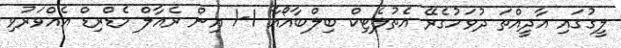
ލީގުގައި އާދީއްތަ ދުވަހުގެރޭ އެތުލެޓިކް ބިލްބާއޯއާ 1-1 އިން ރެއާލް މެޑްރިޑް އެއްވަރުވި